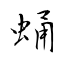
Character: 蛹